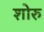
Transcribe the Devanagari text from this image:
शोरु